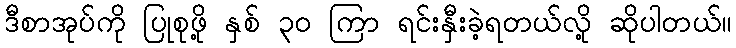
ဒီစာအုပ်ကို ပြုစုဖို့ နှစ် ၃၀ ကြာ ရင်းနှီးခဲ့ရတယ်လို့ ဆိုပါတယ်။